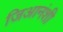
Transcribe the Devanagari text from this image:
जिआनंशी